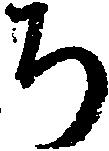
ち